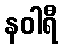
နဝါရီ